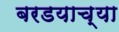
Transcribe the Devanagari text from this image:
बरडयाच्या